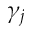
\gamma _ { j }